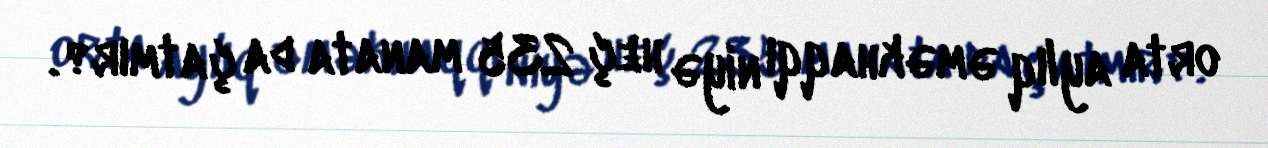
orta aylıq əməkhaqqı niyə heç 235 manata da çatmır?.